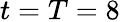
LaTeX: t=T=8